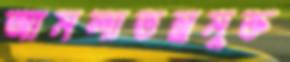
আমলাতন্ত্রমুক্ত